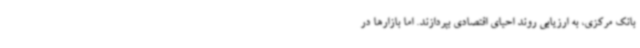
بانک مرکزی، به ارزیابی روند احیای اقتصادی بپردازند. اما بازارها در